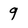
Character: 9